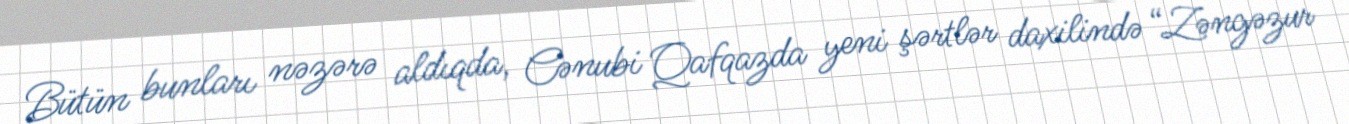
Bütün bunları nəzərə aldıqda, Cənubi Qafqazda yeni şərtlər daxilində “Zəngəzur